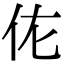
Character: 𬽩